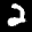
Label: 2